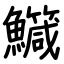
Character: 鱵